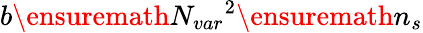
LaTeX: b\ensuremath{N_{var}}^{2}\ensuremath{n_{s}}